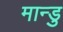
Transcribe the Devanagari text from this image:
मान्डु